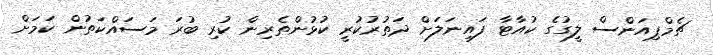
ޗެމްޕިއަންސް ލީގުގެ ކުއާޓާ ފައިނަލަށް ދަތުރުކުރީ ކުޅުންތެރިން ކުރި ބުރަ މަސައްކަތުން ކަމަށް